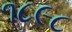
૧૮૯૮